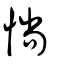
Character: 𢠵